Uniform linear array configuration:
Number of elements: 64
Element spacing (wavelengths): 0.5
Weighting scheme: exponential
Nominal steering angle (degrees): -45
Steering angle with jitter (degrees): -43.646
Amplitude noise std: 0.05
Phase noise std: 0.05

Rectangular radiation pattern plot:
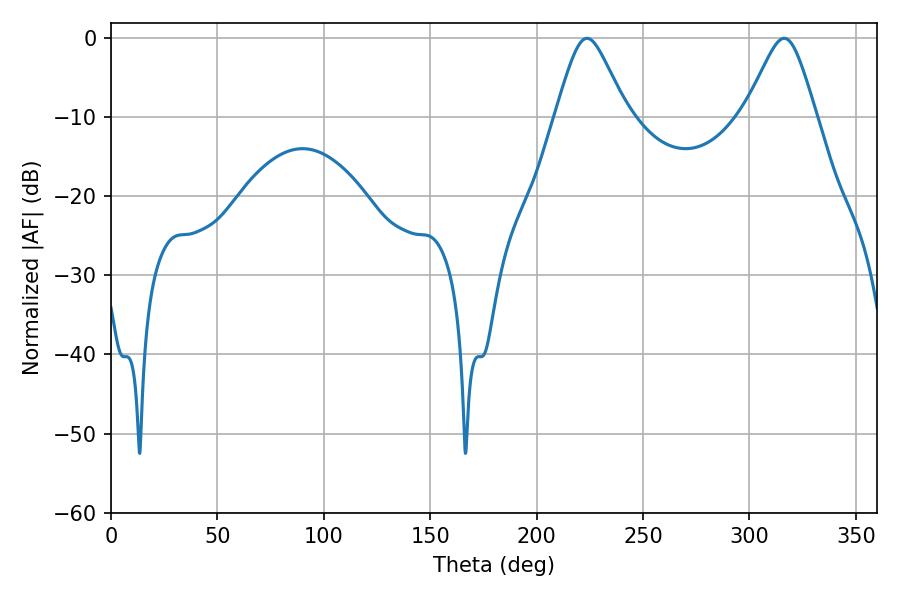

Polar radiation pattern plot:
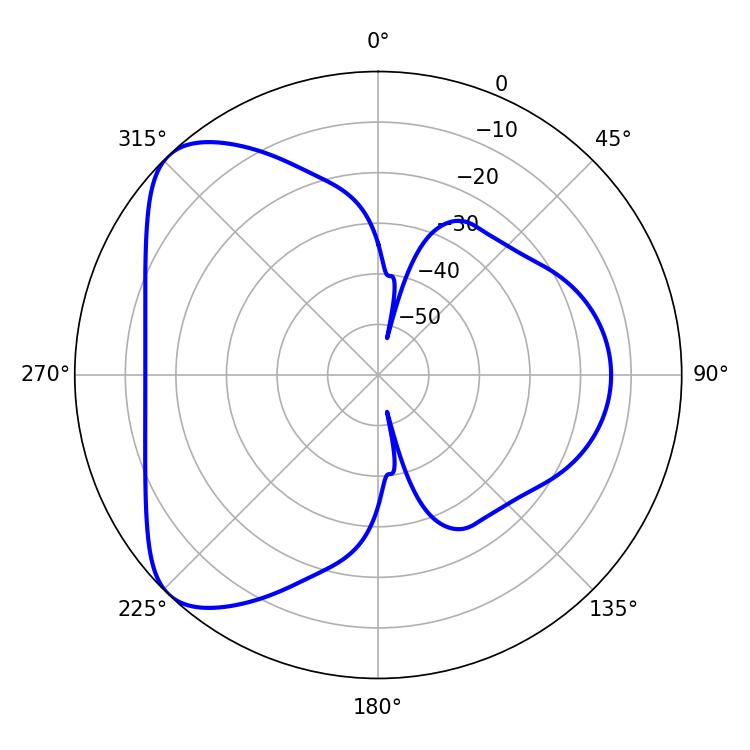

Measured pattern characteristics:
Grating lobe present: FALSE
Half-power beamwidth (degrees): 16.2
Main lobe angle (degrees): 223.74